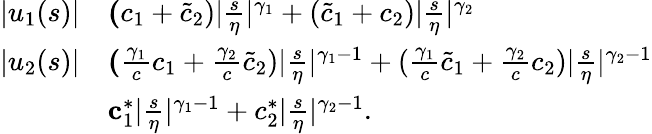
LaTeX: \begin{array}{rl}{\vert u_{1}(s)\vert}&{\le(c_{1}+\tilde{c}_{2})\vert\frac s\eta\vert^{\gamma_{1}}+(\tilde{c}_{1}+c_{2})\vert\frac s\eta\vert^{\gamma_{2}}}\\ {\vert u_{2}(s)\vert}&{\le(\frac{\gamma_{1}}{c}c_{1}+\frac{\gamma_{2}}{c}\tilde{c}_{2})\vert\frac s\eta\vert^{\gamma_{1}-1}+(\frac{\gamma_{1}}{c}\tilde{c}_{1}+\frac{\gamma_{2}}{c}c_{2})\vert\frac s\eta\vert^{\gamma_{2}-1}}\\ &{\le c_{1}^{\ast}\vert\frac s\eta\vert^{\gamma_{1}-1}+c_{2}^{\ast}\vert\frac s\eta\vert^{\gamma_{2}-1}.}\end{array}